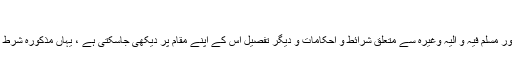
[12]
بیع سلم یہاں ہمارا موضوع نہیں ، لہٰذا بیع سلم میں رأس المال اور مسلم فیہ و الیہ وغیرہ سے متعلق شرائط و احکامات و دیگر تفصیل اس کے اپنے مقام پر دیکھی جاسکتی ہے ، یہاں مذکورہ شرط کے حوالہ سے جو ضروری وضاحت تھی وہ کردی گئی ہے۔